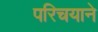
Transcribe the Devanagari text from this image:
परिचयाने